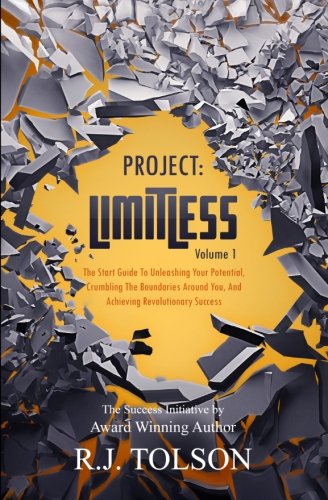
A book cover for The Success Initiative (Project: Limitless, Volume 1): The Start Guide to Unleashing Your Potential, Crumbling the Boundaries Around You, and Achieving Revolutionary Success!; R. J. Tolson; Self-Help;